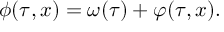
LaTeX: \; \phi ( \tau , x ) = \omega ( \tau ) + \varphi ( \tau , x ) .